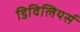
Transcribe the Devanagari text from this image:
डिविलियर्स